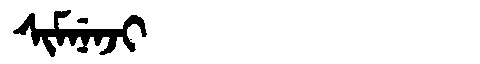
Manchu: ᠰᡳᠮᠨᡝᠨᠵᡳ
Romanization: SIMNENJI